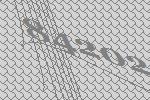
84202